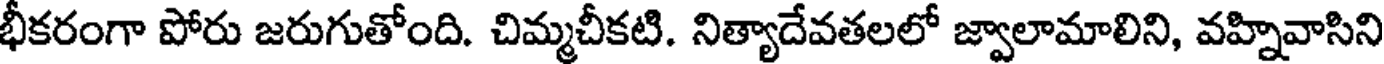
భీకరంగా పోరు జరుగుతోంది. చిమ్మచీకటి. నిత్యాదేవతలలో జ్వాలామాలిని, వహ్నివాసిని